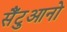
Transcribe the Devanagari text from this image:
सैंटुआनो